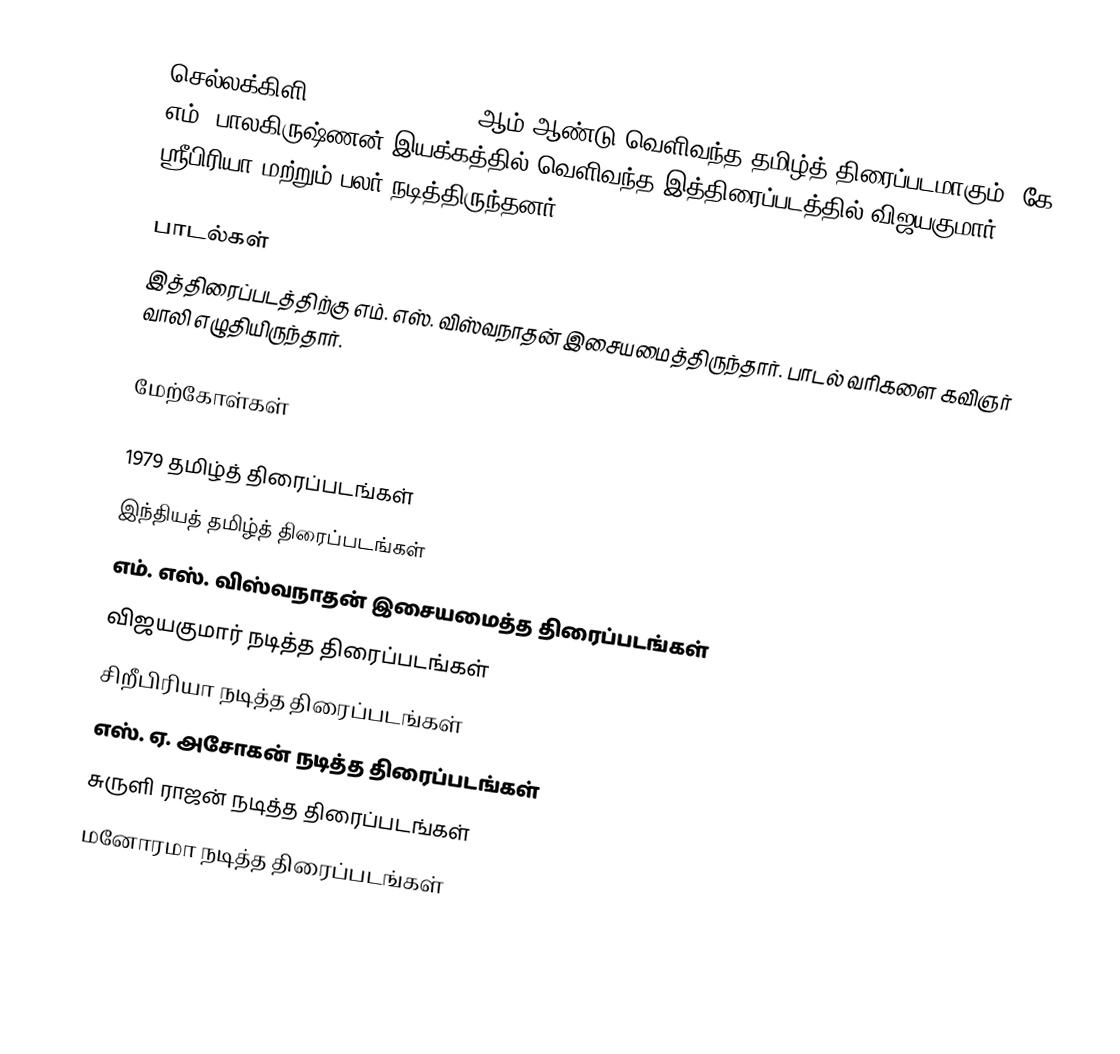
செல்லக்கிளி (Chellakili) 1979 ஆம் ஆண்டு வெளிவந்த தமிழ்த் திரைப்படமாகும். கே. எம். பாலகிருஷ்ணன் இயக்கத்தில் வெளிவந்த இத்திரைப்படத்தில் விஜயகுமார், ஸ்ரீபிரியா மற்றும் பலர் நடித்திருந்தனர்.

பாடல்கள்
இத்திரைப்படத்திற்கு எம். எஸ். விஸ்வநாதன் இசையமைத்திருந்தார். பாடல் வரிகளை கவிஞர் வாலி எழுதியிருந்தார்.

மேற்கோள்கள்

1979 தமிழ்த் திரைப்படங்கள்
இந்தியத் தமிழ்த் திரைப்படங்கள்
எம். எஸ். விஸ்வநாதன் இசையமைத்த திரைப்படங்கள்
விஜயகுமார் நடித்த திரைப்படங்கள்
சிறீபிரியா நடித்த திரைப்படங்கள்
எஸ். ஏ. அசோகன் நடித்த திரைப்படங்கள்
சுருளி ராஜன் நடித்த திரைப்படங்கள்
மனோரமா நடித்த திரைப்படங்கள்